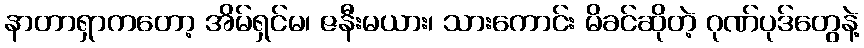
နာတာရှာကတော့ အိမ်ရှင်မ၊ ဇနီးမယား၊ သားကောင်း မိခင်ဆိုတဲ့ ဂုဏ်ပုဒ်တွေနဲ့